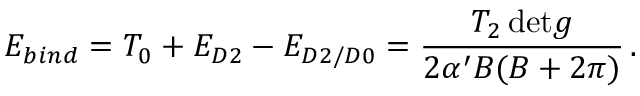
E _ { b i n d } = T _ { 0 } + E _ { D 2 } - E _ { D 2 / D 0 } = \frac { T _ { 2 } \, \mathrm { d e t } g } { 2 \alpha ^ { \prime } B ( B + 2 \pi ) } \, .